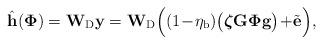
LaTeX: \begin{align*}\hat{\mathbf{h}}(\mathbf{\Phi})&=\mathbf{W}_{\rm D}\mathbf{y}=\mathbf{W}_{\rm D}\Big((1\!-\!\eta_{\rm b})\big(\boldsymbol{\zeta}\mathbf{G}\mathbf{\Phi}\mathbf{g}\big)\!+\!\tilde{\mathbf{e}}\Big),\end{align*}